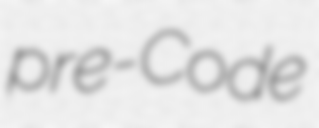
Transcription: pre-Code